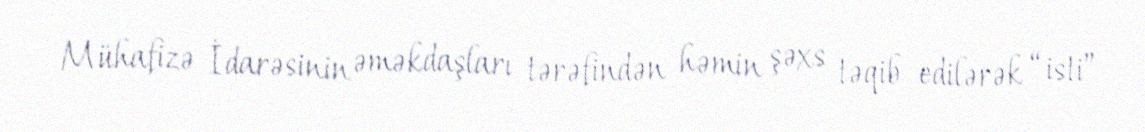
Mühafizə İdarəsinin əməkdaşları tərəfindən həmin şəxs təqib edilərək “isti”